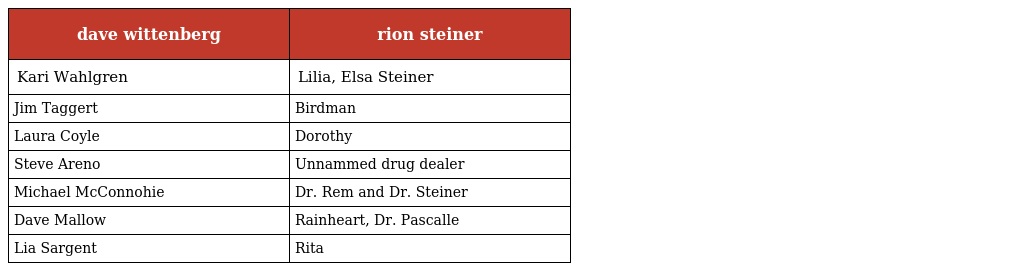
| dave wittenberg | rion steiner |
 | --- | --- |
 | Kari Wahlgren | Lilia, Elsa Steiner |
 | Jim Taggert | Birdman |
 | Laura Coyle | Dorothy |
 | Steve Areno | Unnammed drug dealer |
 | Michael McConnohie | Dr. Rem and Dr. Steiner |
 | Dave Mallow | Rainheart, Dr. Pascalle |
 | Lia Sargent | Rita |